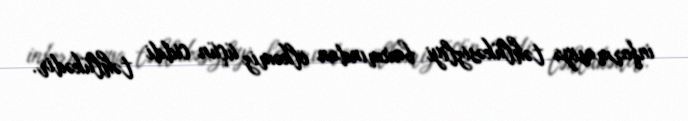
informasiya təhlükəsizliyi baxımından ölkəmiz üçün ciddi təhlükədir.